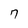
Character: 7